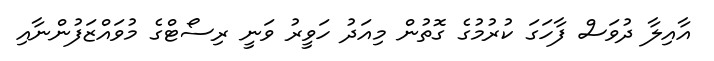
އާއިލާ ދުވަސް ފާހަގަ ކުރުމުގެ ގޮތުން މިއަދު ހަވީރު ވަނީ ރިސޯޓްގެ މުވައްޒަފުންނާއި